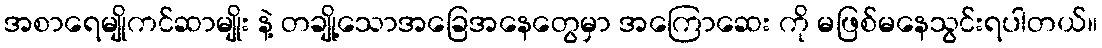
အစာရေမျိုကင်ဆာမျိုး နဲ့ တချို့သောအခြေအနေတွေမှာ အကြောဆေး ကို မဖြစ်မနေသွင်းရပါတယ်။